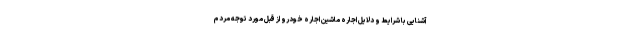
آشنایی با شرایط و دلایل اجاره ماشین اجاره خودرو از قبل مورد توجه مردم